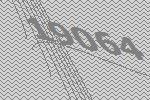
19064